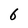
Character: 6